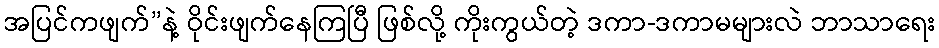
အပြင်ကဖျက်”နဲ့ ဝိုင်းဖျက်နေကြပြီ ဖြစ်လို့ ကိုးကွယ်တဲ့ ဒကာ-ဒကာမများလဲ ဘာသာရေး